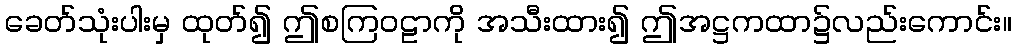
ခေတ်သုံးပါးမှ ထုတ်၍ ဤစကြဝဠာကို အသီးထား၍ ဤအဋ္ဌကထာ၌လည်းကောင်း။